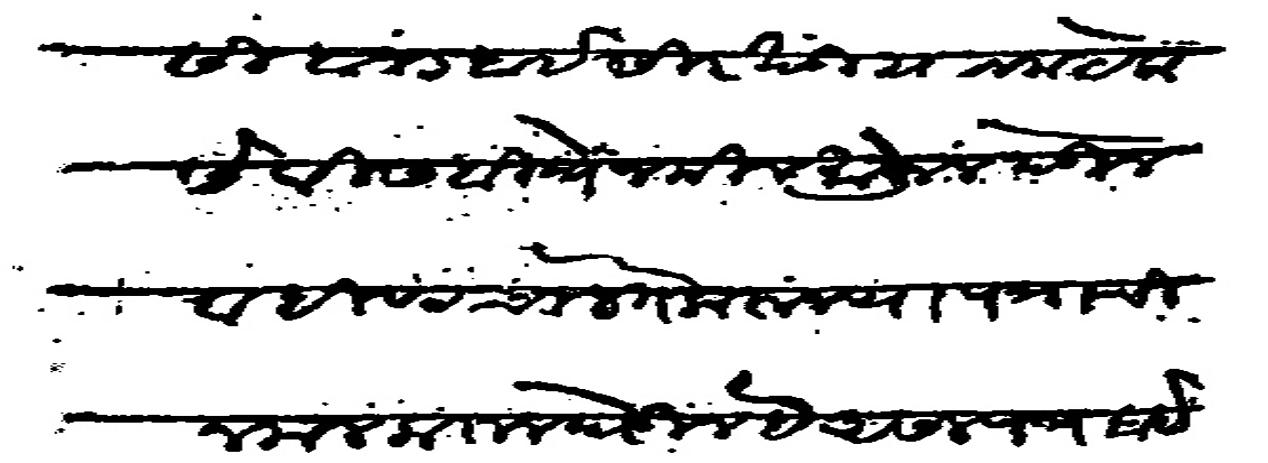
Transliteration (Devanagari): निवारसी बंजार बाई सिरखंडी याजला येकसे वीस बीधे जमिन मोजून देऊन वहिवाट चालत करून या पत्राची नकल करून घेऊन हे असल पत्र बाईकडे